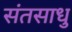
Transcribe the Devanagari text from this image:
संतसाधु